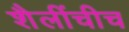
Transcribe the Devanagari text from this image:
शैलींचीच